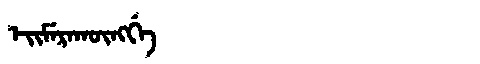
Manchu: ᡝᡳᠮᡝᡵᠠᡴᡡᠩᡤᡝ
Romanization: EIMERAKŪNGGE